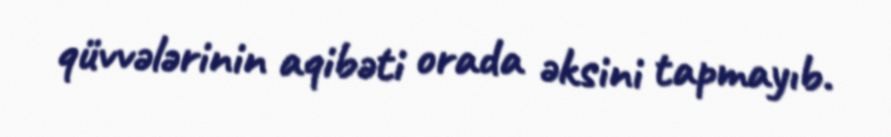
qüvvələrinin aqibəti orada əksini tapmayıb.